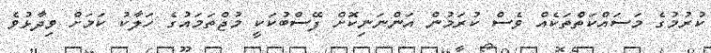
ކުރުމުގެ މަސައްކަތްތަކެއް ވެސް ކުރަމުން އަންނަނިކޮށް ފޭސްބުކަކީ މުޖްތަމައުގެ ހަލާކު ކަމަށް ވިދާޅުވެ